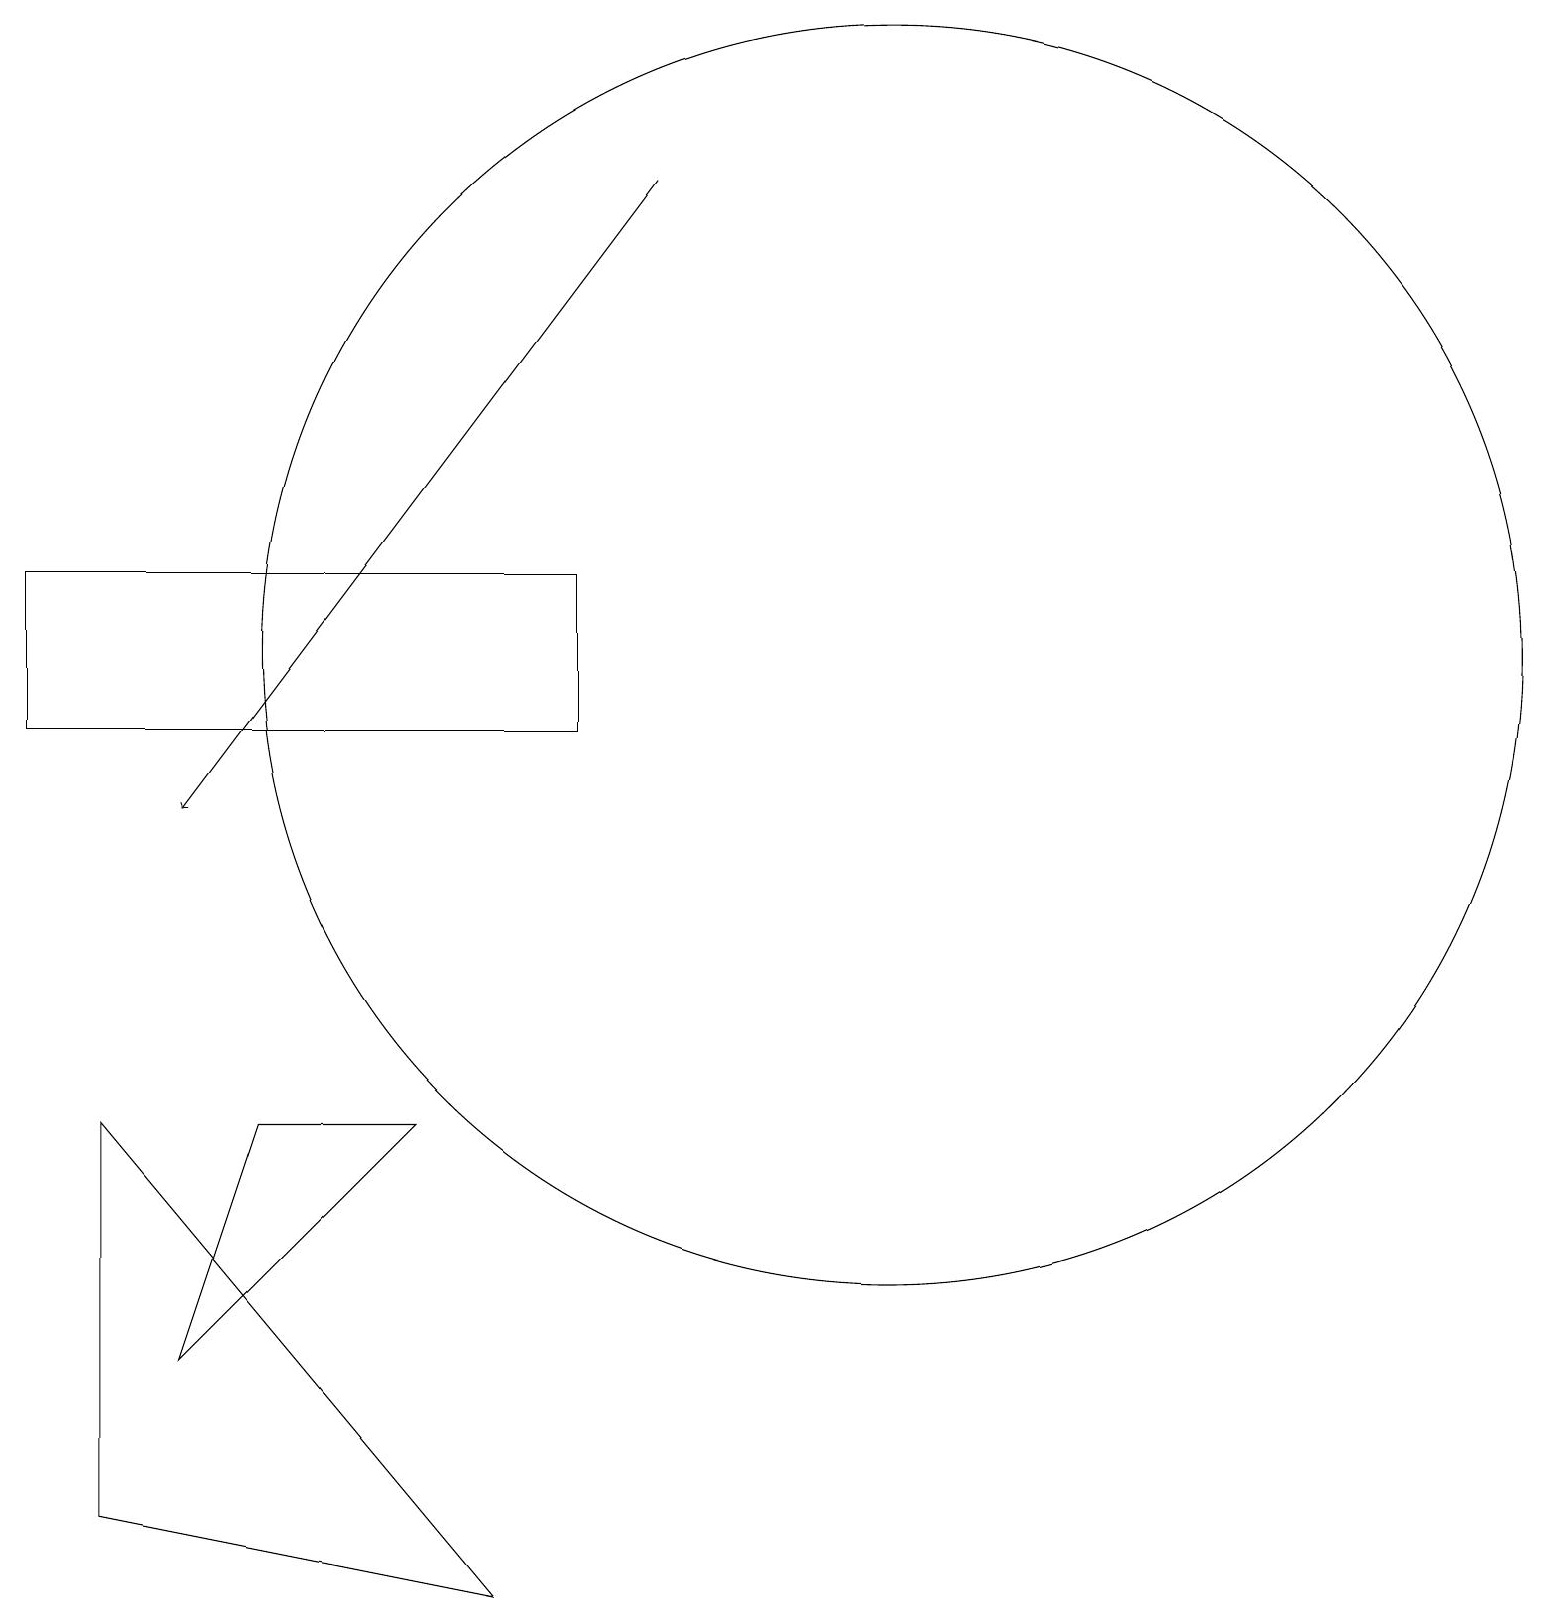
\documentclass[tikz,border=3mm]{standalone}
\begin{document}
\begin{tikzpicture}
\draw (11,12) circle (8);
\draw[->] (8,18) -- (2,10);
\draw (7,11) rectangle (0,13);
\draw (3,6) -- (5,6) -- (2,3) -- cycle;
\draw (1,6) -- (1,1) -- (6,0) -- cycle;
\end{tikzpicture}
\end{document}